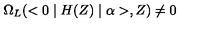
\Omega _ { L } ( < 0 \mid H ( Z ) \mid \alpha > , Z ) \neq 0